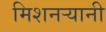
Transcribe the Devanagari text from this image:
मिशनर्‍यानी